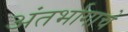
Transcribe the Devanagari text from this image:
अंतर्भागाचे